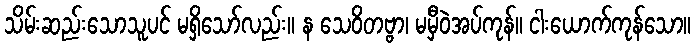
သိမ်းဆည်းသောသူပင် မရှိသော်လည်း။ န သေဝိတဗ္ဗာ၊ မမှီဝဲအပ်ကုန်။ ငါးယောက်ကုန်သော။